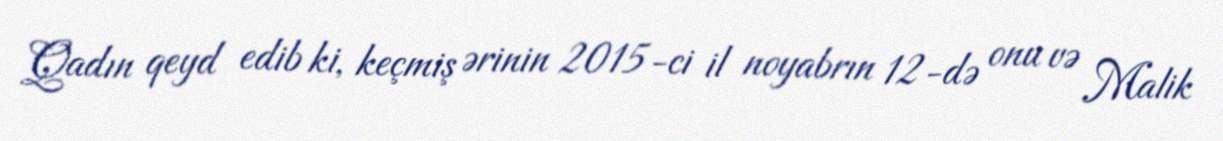
Qadın qeyd edib ki, keçmiş ərinin 2015-ci il noyabrın 12-də onu və Malik